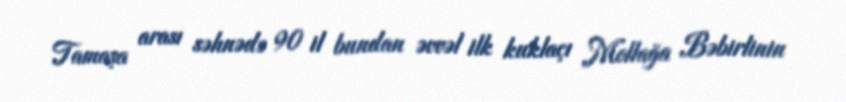
Tamaşa arası səhnədə 90 il bundan əvvəl ilk kuklaçı Mollağa Bəbirlinin